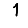
Digit: 1